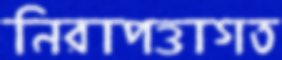
নিরাপত্তাগত